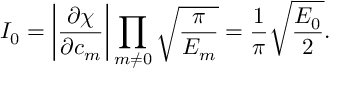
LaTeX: I _ { 0 } = \left| \frac { \partial \chi } { \partial c _ { m } } \right| \prod _ { m \neq 0 } \sqrt { \frac { \pi } { E _ { m } } } = \frac { 1 } { \pi } \sqrt { \frac { E _ { 0 } } { 2 } } .